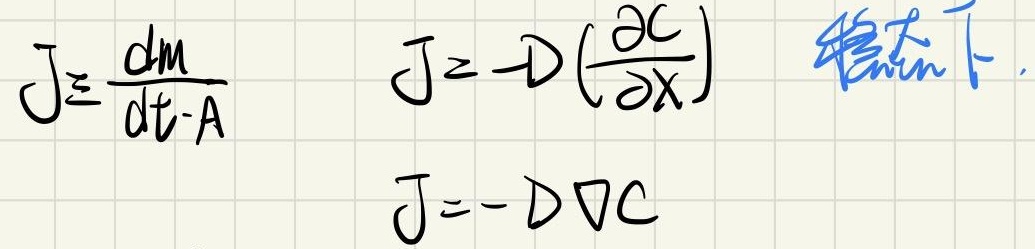
稳态下.
\[J \equiv \frac{dm}{dt\cdot A} \quad J=-D\left(\frac{\partial C}{\partial x}\right) \quad J = - D\nabla C\]